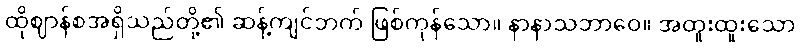
ထိုဈာန်စအရှိသည်တို့၏ ဆန့်ကျင်ဘက် ဖြစ်ကုန်သော။ နာနာသဘာဝေ။ အထူးထူးသော